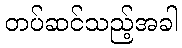
တပ်ဆင်သည့်အခါ